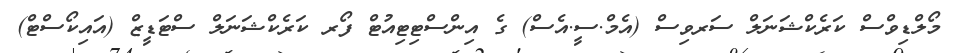
މޯލްޑިވްސް ކަރެކްޝަނަލް ސަރވިސް (އެމް.ސީ.އެސް) ގެ އިންސްޓިޓިއުޓް ފޯރ ކަރެކްޝަނަލް ސްޓަޑީޒް (އައިކޯސްޓް)